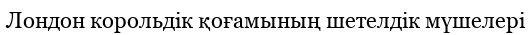
Лондон корольдік қоғамының шетелдік мүшелері